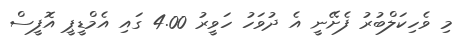
މި ވެހިކަލްބުރު ފެށޭނީ އެ ދުވަހު ހަވީރު 4.00 ގައި އެމްޑީޕީ އޮފީސް